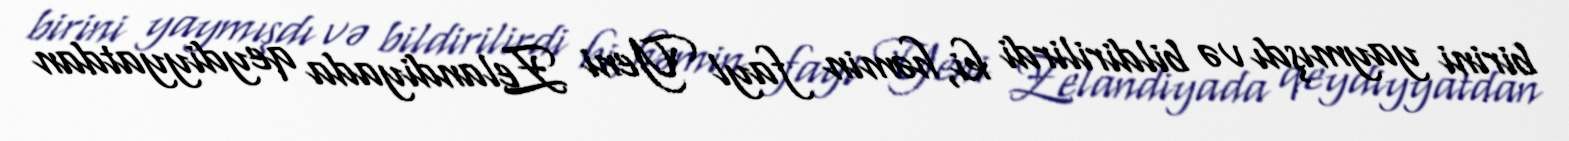
birini yaymışdı və bildirilirdi ki, həmin fayl Yeni Zelandiyada qeydiyyatdan